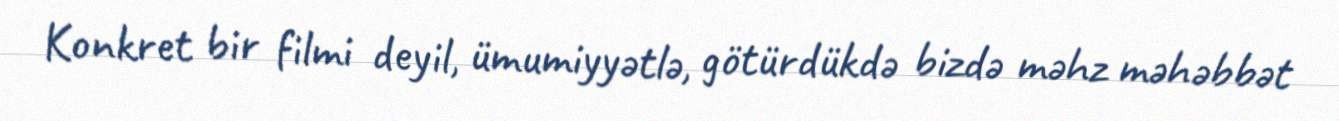
Konkret bir filmi deyil, ümumiyyətlə, götürdükdə bizdə məhz məhəbbət